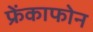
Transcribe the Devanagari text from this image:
फ्रेंकाफोन